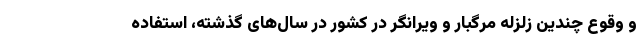
و وقوع چندین زلزله مرگبار و ویرانگر در کشور در سال‌های گذشته، استفاده